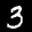
Label: 3